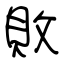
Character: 敗